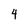
Character: 4